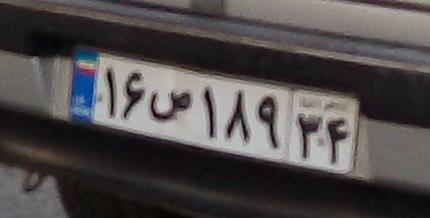
۱۶ص۱۸۹۳۴